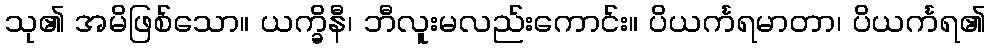
သု၏ အမိဖြစ်သော။ ယက္ခိနီ၊ ဘီလူးမလည်းကောင်း။ ပိယင်္ကရမာတာ၊ ပိယင်္ကရ၏